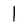
Character: l